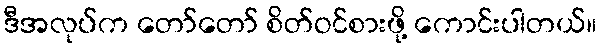
ဒီအလုပ်က တော်တော် စိတ်ဝင်စားဖို့ ကောင်းပါတယ်။